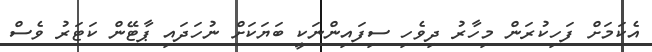
އެކަމަށް ފަހިކުރަން މިހާރު ދިވެހި ސިފައިންނަކީ ބަޔަކަށް ނުހަދައި ޕާޓޭން ކަޓަރު ވެސް